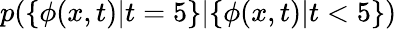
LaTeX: p(\{ \phi(x,t)|t=5\} |\{ \phi(x,t)|t<5\} )